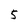
Character: 5